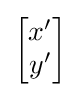
{\begin{bmatrix}x'\\y'\end{bmatrix}}